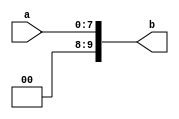
module converter(input[7:0]a,output [9:0]b);
	assign b={2'b00,a};
endmodule